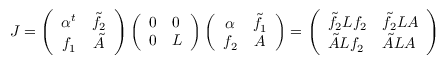
J = \left( \begin{array} { c c } { { \alpha ^ { t } } } & { { \tilde { f } _ { 2 } } } \\ { { f _ { 1 } } } & { { \tilde { A } } } \end{array} \right) \left( \begin{array} { l l } { { 0 } } & { { 0 } } \\ { { 0 } } & { { L } } \end{array} \right) \left( \begin{array} { c c } { { \alpha } } & { { \tilde { f } _ { 1 } } } \\ { { f _ { 2 } } } & { { A } } \end{array} \right) = \left( \begin{array} { l l } { { \tilde { f } _ { 2 } L f _ { 2 } } } & { { \tilde { f } _ { 2 } L A } } \\ { { \tilde { A } L f _ { 2 } } } & { { \tilde { A } L A } } \end{array} \right)